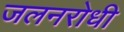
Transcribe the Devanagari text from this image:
जलनरोधी